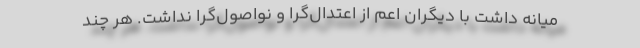
میانه داشت با دیگران اعم از اعتدال‌گرا و نواصول‌گرا نداشت. هر چند